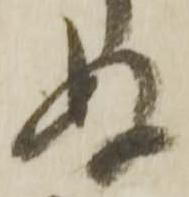
ぬ